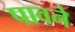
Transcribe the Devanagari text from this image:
पावने